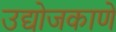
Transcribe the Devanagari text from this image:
उद्योजकाणे